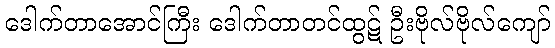
ဒေါက်တာအောင်ကြီး ဒေါက်တာတင်ထွဋ် ဦးဗိုလ်ဗိုလ်ကျော်